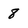
Character: 8